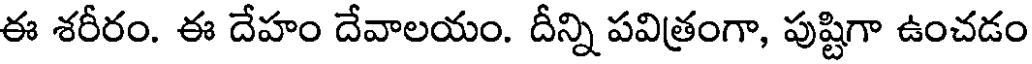
ఈ శరీరం. ఈ దేహం దేవాలయం. దీన్ని పవిత్రంగా, పుష్టిగా ఉంచడం